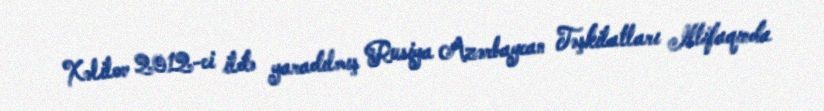
Xəlilov 2012-ci ildə yaradılmış Rusiya Azərbaycan Təşkilatları Ittifaqında